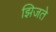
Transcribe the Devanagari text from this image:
झिजते